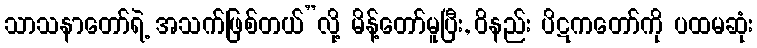
သာသနာတော်ရဲ့ အသက်ဖြစ်တယ်”လို့ မိန့်တော်မူပြီး, ဝိနည်း ပိဋကတော်ကို ပထမဆုံး